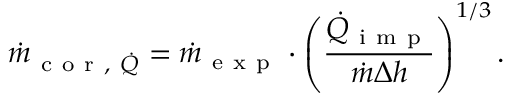
\dot { m } _ { \mathrm { ~ c ~ o ~ r ~ , ~ } \dot { Q } } = \dot { m } _ { \mathrm { ~ e ~ x ~ p ~ } } \cdot \left( \frac { \dot { Q } _ { \mathrm { ~ i ~ m ~ p ~ } } } { \dot { m } \Delta h } \right) ^ { 1 / 3 } .